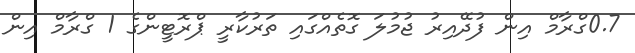
0.7ގްރާމް އިން ފުދޭއިރު ޖުމުލަ ގޮތެއްގައި ތަރުކާރީ ޕްރޮޓީންގެ 1 ގްރާމް އިން